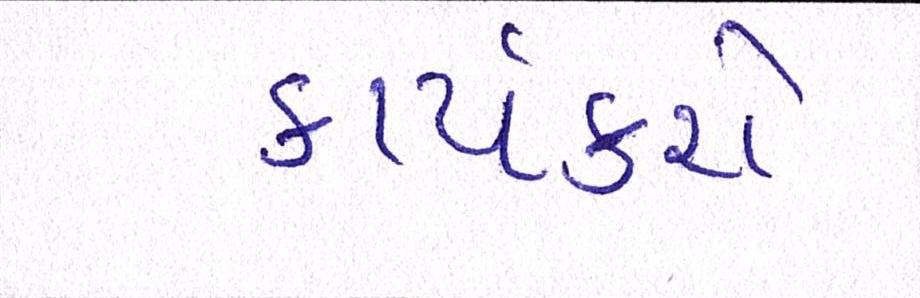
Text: કાર્યકરો